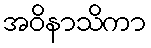
အဝိနာသိကာ